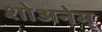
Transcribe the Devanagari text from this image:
शोअनेम्